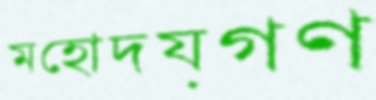
মহোদয়গণ